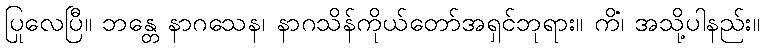
ပြုလေပြီ။ ဘန္တေ နာဂသေန၊ နာဂသိန်ကိုယ်တော်အရှင်ဘုရား။ ကိံ၊ အသို့ပါနည်း။